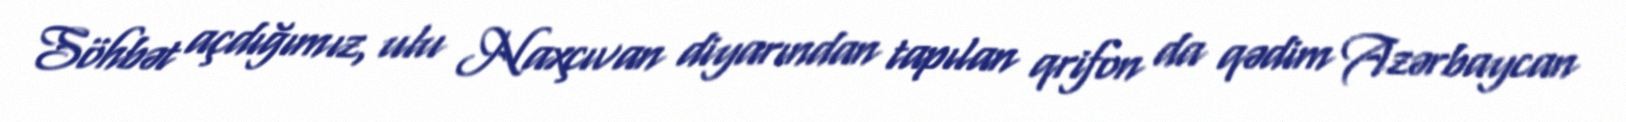
Söhbət açdığımız, ulu Naxçıvan diyarından tapılan qrifon da qədim Azərbaycan